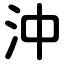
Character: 沖